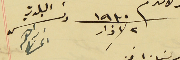
٢ آذار سنة ١٩٣٠ رئىس البلدية ابراهىم الخىاط